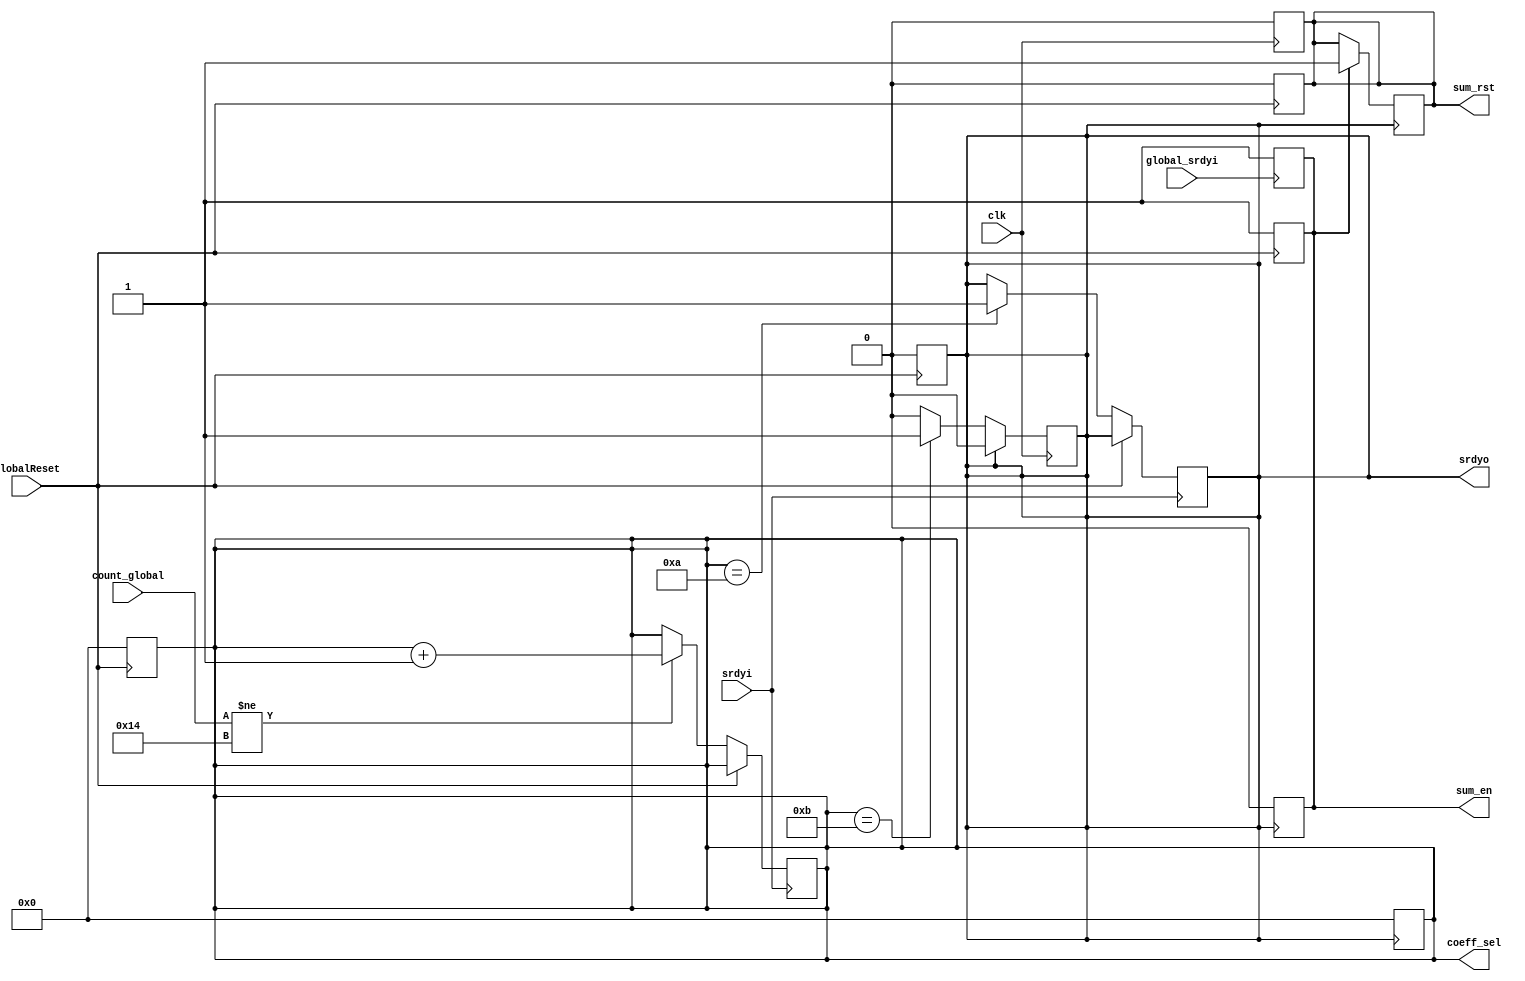
`timescale 1ns / 1ps
//////////////////////////////////////////////////////////////////////////////////
// Company: 
// Engineer: 
// 
// Design Name: 
// Module Name:    control 
// Project Name: 
// Target Devices: 
// Tool versions: 
// Description: 
//
// Dependencies: 
//
// Revision: 
// Revision 0.01 - File Created
// Additional Comments: 
//
//////////////////////////////////////////////////////////////////////////////////
module control(
    input srdyi,
    output reg srdyo,
    output reg sum_en,
    output reg sum_rst,
    input clk,
    input [4:0] count_global,
	  input GlobalReset,
	  input global_srdyi,
    output reg [3:0] coeff_sel
    );

//wire clk1, clk2;
//assign clk1 = clk && srdyi;
//assign clk2 = clk && srdyo;
reg a;

always@(posedge clk)
begin
	if(coeff_sel == 4'b1011) 
	begin
		//a <= 1;
		srdyo <=1;
	end 
	if(srdyo == 1)
	begin
		srdyo <=0;
	end
end


always@(posedge srdyi)
begin
		if(GlobalReset == 0)
		begin
			if(coeff_sel==4'b1010)
			begin
				srdyo <= 1;
			//	a		<= 0;
			end   
		if(count_global != 5'd20)
			begin
			 coeff_sel <= coeff_sel +1;	
			end 
		end
end

always@(posedge GlobalReset)
begin
	coeff_sel <= 0;
	srdyo <=0;
	a		<=0;
	sum_en	<=1;
	sum_rst  <=0;
end

always@(posedge global_srdyi)
begin
		if(sum_en == 0)
		begin
				sum_en = 1;
		end
end

always@(posedge srdyo)
begin
    coeff_sel <= 0;
		if(sum_en == 1)
		begin
				sum_en  = 0;
				sum_rst = 1;
		end
end

always@(negedge clk)
begin
		if(sum_rst)
		begin
				sum_rst = 0;
		end
end

endmodule